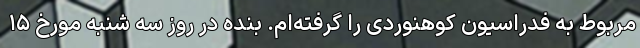
مربوط به فدراسیون کوهنوردی را گرفته‌ام. بنده در روز سه شنبه مورخ ۱۵